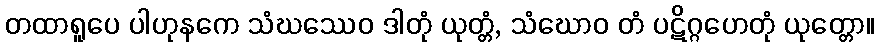
တထာရူပေ ပါဟုနကေ သံဃဿေဝ ဒါတုံ ယုတ္တံ, သံဃောဝ တံ ပဋိဂ္ဂဟေတုံ ယုတ္တော။